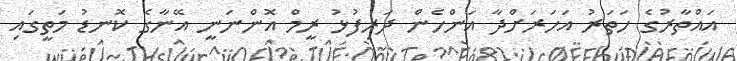
އައްތާރުގެ ހަތަރު އަހަރަށްދާ އަންހެން ދަރިފުޅު ރީމް އޮންނަނީ އޭނާގެ ކޮނޑު މަތީގައި